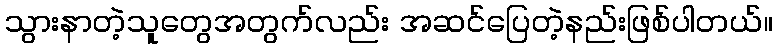
သွားနာတဲ့သူတွေအတွက်လည်း အဆင်ပြေတဲ့နည်းဖြစ်ပါတယ်။